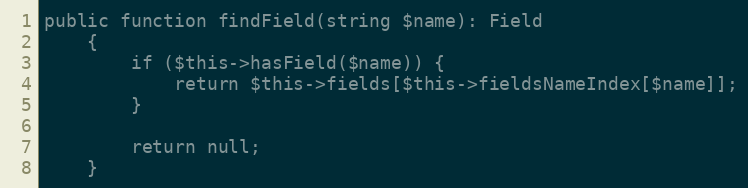
Language: PHP
public function findField(string $name): Field
    {
        if ($this->hasField($name)) {
            return $this->fields[$this->fieldsNameIndex[$name]];
        }

        return null;
    }